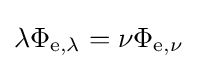
\lambda \Phi _{\mathrm {e} ,\lambda }=\nu \Phi _{\mathrm {e} ,\nu }